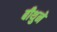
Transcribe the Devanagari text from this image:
बीथुने